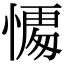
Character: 𭞥